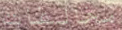
مخالفات